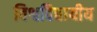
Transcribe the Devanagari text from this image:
विश्वविद्यायीय